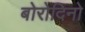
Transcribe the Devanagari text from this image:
बोरोदिनो